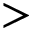
>